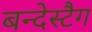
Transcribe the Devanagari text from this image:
बन्देस्टैग